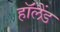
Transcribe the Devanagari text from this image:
हाॅलैंड